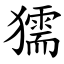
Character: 獳